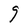
Character: g